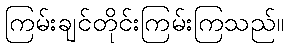
ကြမ်းချင်တိုင်းကြမ်းကြသည်။